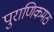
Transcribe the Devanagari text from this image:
पुराणिकमठ